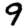
Digit: 9